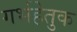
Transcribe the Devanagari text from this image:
गर्भहेतुक